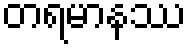
တရမာနဿ